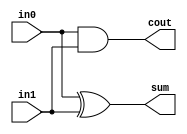
module half_adder(in0, in1, sum, cout);
	
	input in0, in1;
	output sum, cout;
	
	xor xor_sum(sum, in0, in1);
	and and_cout(cout, in0, in1);
	
endmodule